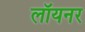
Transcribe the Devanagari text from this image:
लॉयनर